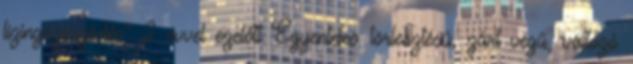
lízingszerződés" 2 évvel ezelőtt Egyenletes törlesztésű, zárt végű, változó